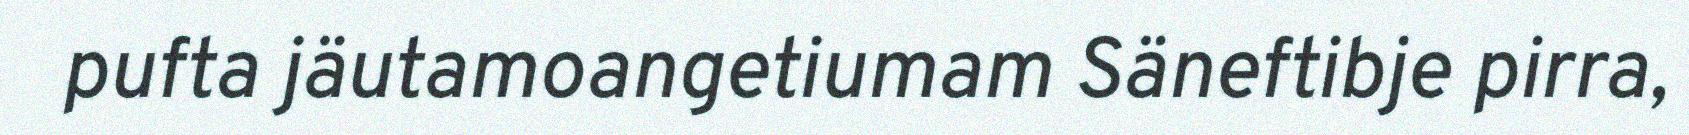
pufta jäutamoangetiumam Säneftibje pirra,